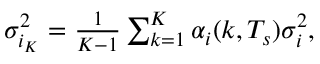
\begin{array} { r } { \sigma _ { i _ { K } } ^ { 2 } = \frac { 1 } { K - 1 } \sum _ { k = 1 } ^ { K } \alpha _ { i } ( k , T _ { s } ) \sigma _ { i } ^ { 2 } , } \end{array}